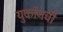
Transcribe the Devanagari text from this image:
युकॉनची